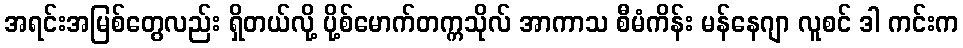
အရင်းအမြစ်တွေလည်း ရှိတယ်လို့ ပို့စ်မောက်တက္ကသိုလ် အာကာသ စီမံကိန်း မန်နေဂျာ လူစင် ဒါ ကင်းက